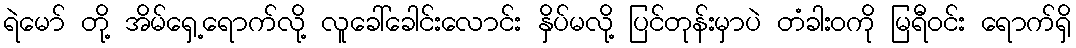
ရဲမော် တို့ အိမ်ရှေ့ရောက်လို့ လူခေါ်ခေါင်းလောင်း နှိပ်မလို့ ပြင်တုန်းမှာပဲ တံခါးဝကို မြရီဝင်း ရောက်ရှိ